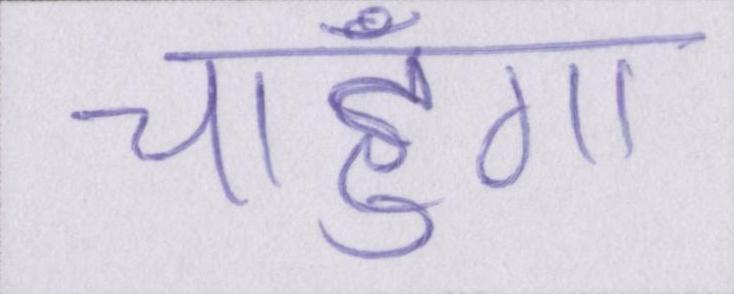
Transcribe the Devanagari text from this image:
चाहूँगा